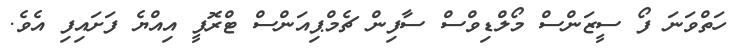
ހަތްވަނަ ފޯ ސީޒަންސް މޯލްޑިވްސް ސާފިން ޗެމްޕިއަންސް ޓްރޮފީ އިއްޔެ ފަށައިފި އެވެ.